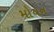
મોયન